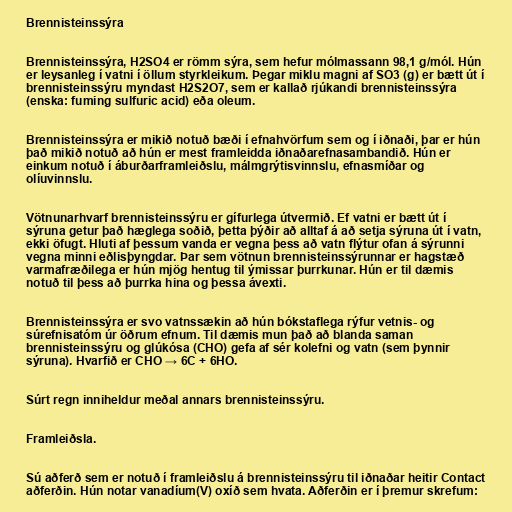
Brennisteinssýra

Brennisteinssýra, H2SO4 er römm sýra, sem hefur mólmassann 98,1 g/mól. Hún
er leysanleg í vatni í öllum styrkleikum. Þegar miklu magni af SO3 (g) er bætt út í
brennisteinssýru myndast H2S2O7, sem er kallað rjúkandi brennisteinssýra
(enska: fuming sulfuric acid) eða oleum.

Brennisteinssýra er mikið notuð bæði í efnahvörfum sem og í iðnaði, þar er hún
það mikið notuð að hún er mest framleidda iðnaðarefnasambandið. Hún er
einkum notuð í áburðarframleiðslu, málmgrýtisvinnslu, efnasmíðar og
olíuvinnslu.

Vötnunarhvarf brennisteinssýru er gífurlega útvermið. Ef vatni er bætt út í
sýruna getur það hæglega soðið, þetta þýðir að alltaf á að setja sýruna út í vatn,
ekki öfugt. Hluti af þessum vanda er vegna þess að vatn flýtur ofan á sýrunni
vegna minni eðlisþyngdar. Þar sem vötnun brennisteinssýrunnar er hagstæð
varmafræðilega er hún mjög hentug til ýmissar þurrkunar. Hún er til dæmis
notuð til þess að þurrka hina og þessa ávexti.

Brennisteinssýra er svo vatnssækin að hún bókstaflega rýfur vetnis- og
súrefnisatóm úr öðrum efnum. Til dæmis mun það að blanda saman
brennisteinssýru og glúkósa (CHO) gefa af sér kolefni og vatn (sem þynnir
sýruna). Hvarfið er CHO → 6C + 6HO.

Súrt regn inniheldur meðal annars brennisteinssýru.

Framleiðsla.

Sú aðferð sem er notuð í framleiðslu á brennisteinssýru til iðnaðar heitir Contact
aðferðin. Hún notar vanadíum(V) oxíð sem hvata. Aðferðin er í þremur skrefum: